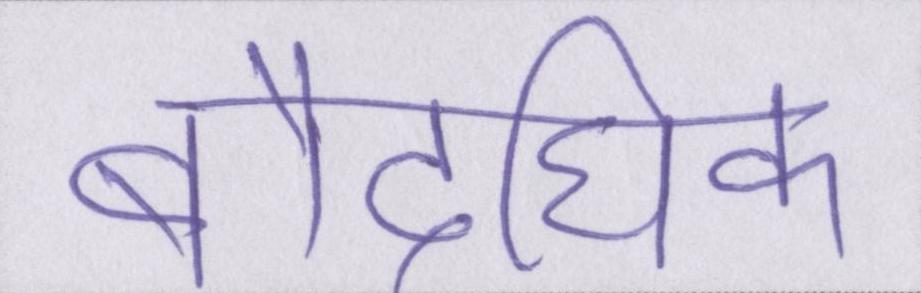
बौद्घिक